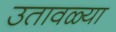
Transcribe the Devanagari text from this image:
उतावळ्या